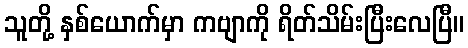
သူတို့ နှစ်ယောက်မှာ ကဗျာကို ရိတ်သိမ်းပြီးလေပြီ။